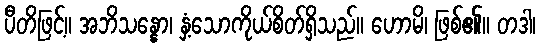
ပီတိဖြင့်။ အဘိသန္နော၊ နှံ့သောကိုယ်စိတ်ရှိသည်။ ဟောမိ၊ ဖြစ်၏။ တဒါ၊